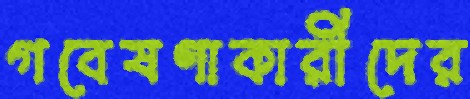
গবেষণাকারীদের